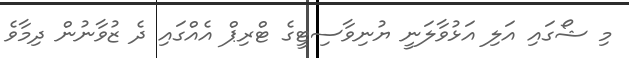
މި ޝޯގައި އަލި އަޅުވާލަނީ ޔުނިވާސިޓީގެ ޓްރިޕް އެއްގައި ދެ ޒުވާނުން ދިމާވެ